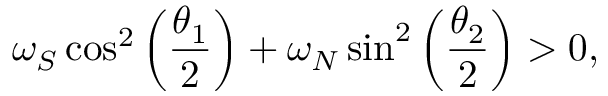
\omega _ { S } \cos ^ { 2 } \left( \frac { \theta _ { 1 } } { 2 } \right) + \omega _ { N } \sin ^ { 2 } \left( \frac { \theta _ { 2 } } { 2 } \right) > 0 ,